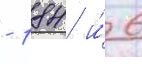
- 184 и́ 6